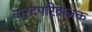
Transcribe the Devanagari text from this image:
नारदपरिव्राजक